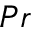
\boldsymbol { P r }